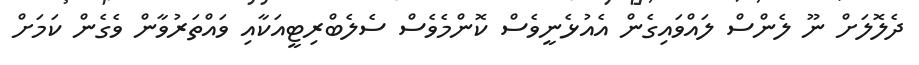
ދެލޮލަށް ނޫ ލެންސް ލައްވައިގެން އެއުޅެނީވެސް ކޮންމެވެސް ސެލެބްރިޓީއަކާއި ވައްތަރުވާން ވެގެން ކަމަށް